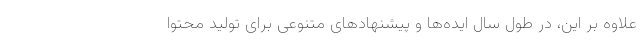
علاوه بر این، در طول سال ایده‌ها و پیشنهادهای متنوعی برای تولید محتوا